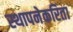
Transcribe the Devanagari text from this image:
स्थापनेकरिता